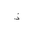
Letter: _thal